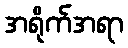
အရိုက်အရာ